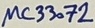
Text: µC33072